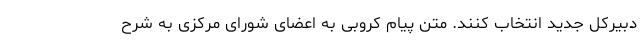
دبیرکل جدید انتخاب کنند. متن پیام کروبی به اعضای شورای مرکزی به شرح